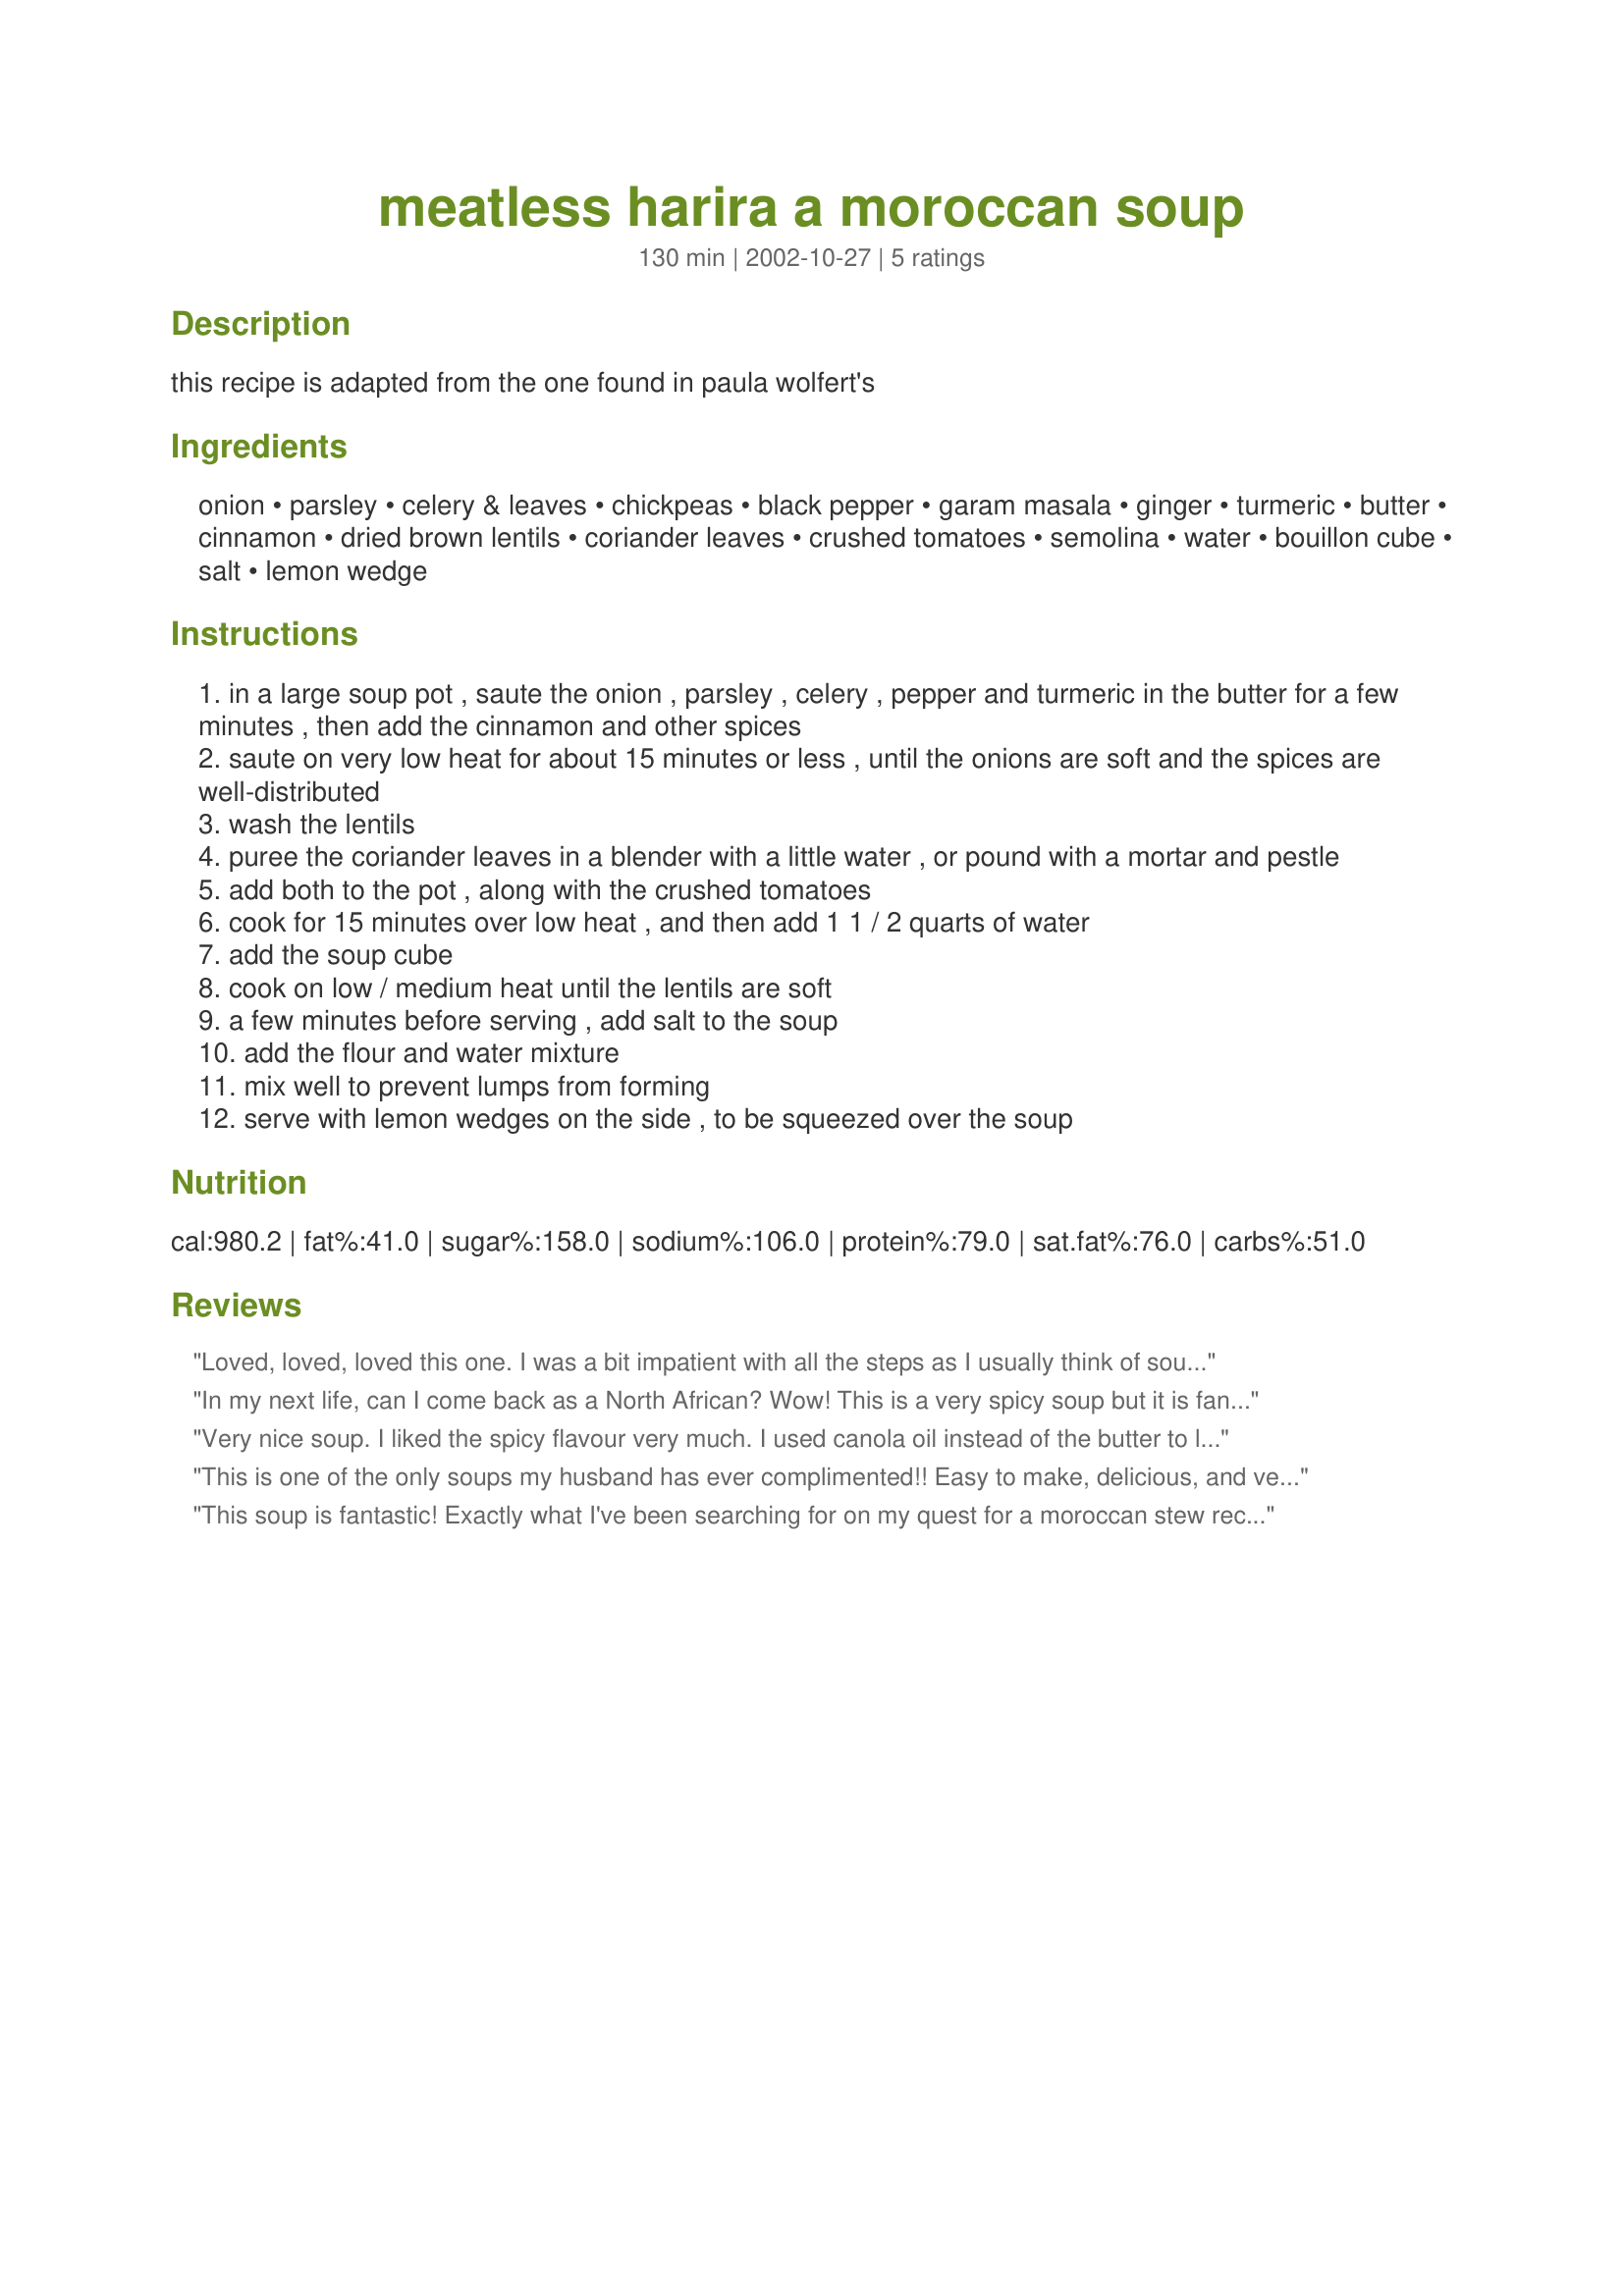
meatless harira a moroccan soup
Preparation time: 130 minutes

this recipe is adapted from the one found in paula wolfert's

Ingredients:
onion, parsley, celery & leaves, chickpeas, black pepper, garam masala, ginger, turmeric, butter, cinnamon, dried brown lentils, coriander leaves, crushed tomatoes, semolina, water, bouillon cube, salt, lemon wedge

Steps:
in a large soup pot , saute the onion , parsley , celery , pepper and turmeric in the butter for a few minutes , then add the cinnamon and other spices
saute on very low heat for about 15 minutes or less , until the onions are soft and the spices are well-distributed
wash the lentils
puree the coriander leaves in a blender with a little water , or pound with a mortar and pestle
add both to the pot , along with the crushed tomatoes
cook for 15 minutes over low heat , and then add 1 1 / 2 quarts of water
add the soup cube
cook on low / medium heat until the lentils are soft
a few minutes before serving , add salt to the soup
add the flour and water mixture
mix well to prevent lumps from forming
serve with lemon wedges on the side , to be squeezed over the soup

Reviews:
Loved, loved, loved this one. I was a bit impatient with all the steps as I usually think of soup as a dump and simmer affair. But the wonderful layering of flavors was just superb and well worth the trouble. I halved the recipe but used a full can of chickpeas. (Speaking of the chickpeas, the instructions didn't say when to add them so I included them with the lentils.) Also added a teaspoon of harissa at the point where I mixed in the lentils. I did have to add additional water (about 3 cups) as so much of it was absorbed by the lentils and from evaporation. Instead of vermicelli, I added about 1/4 cup of Israeli couscous (the big bead-sized kind). Even the half recipe yielded about 8 cups of soup. The Morrocan chef at work makes this every week a treat for me, but I have to mine (yours) was even better. Do I dare bring some in? Did I say how much I loved this? Thanks!!!
In my next life, can I come back as a North African? Wow! This is a very spicy soup but it is fantastic.
I sauted the onions and spices first and then I threw the rest into the crockpot. This recipe is definitely a winner in that respect. I left out the celery as I was out of it but the soup is STILL a 5-star.
I recommend making your own garam masala from scratch and getting the old mortar and pestle out. It makes all the difference.
Nicole, keep posting more vegetarian recipes PLEASE!
Very nice soup. I liked the spicy flavour very much. I used canola oil instead of the butter to lower the fat and cholesterol. The directions could have been a bit more clear such as there are no mention of some of the ingredients listed, but its fairly straight forward recipe and didn't cause any problems.
This is one of the only soups my husband has ever complimented!! Easy to make, delicious, and vegetarian to boot. I forgot the flour/water combo at the end but it didn't seem necessary anyway.
This soup is fantastic! Exactly what I've been searching for on my quest for a moroccan stew recipe.
I added thin egg noodles at the end and omited the flour and water combo. 
Thanks!
